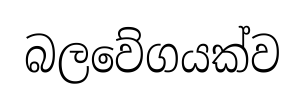
බලවේගයක්ව